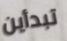
تبدأين